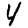
Digit: 4